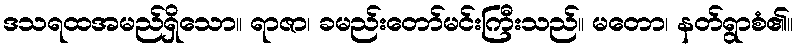
ဒသရထအမည်ရှိသော။ ရာဇာ၊ ခမည်းတော်မင်းကြီးသည်။ မတော၊ နတ်ရွာစံ၏။